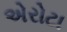
એરોટા